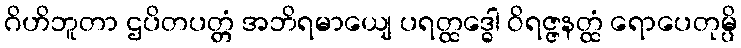
ဂိဟိဘူတာ ဌပိတပတ္တံ အဘိရမာယျေ ပရတ္ထဒ္ဓေါ ဝိရဇ္ဇနတ္ထံ ရောပေတုမ္ပိ